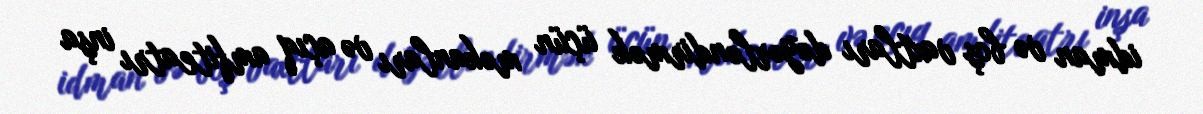
idman və boş vaxtları dəyərləndirmək üçün məkanları və açıq amfiteatrı inşa